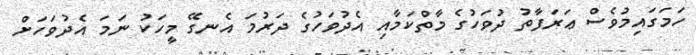
ހަމަގައިމުވެސް ޢަރަފާތު ދުވަހުގެ މާތްކަމާއި އެދުވަހުގެ ދަރުމަ އެނގޭ މީހަކު ނަމަ އެދުވަހަށް